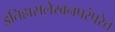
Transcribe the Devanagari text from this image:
इतिहासलेखनपरंपरेत